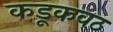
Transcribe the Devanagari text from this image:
कडूकवठ